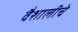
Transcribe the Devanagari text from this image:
वैशालीचे